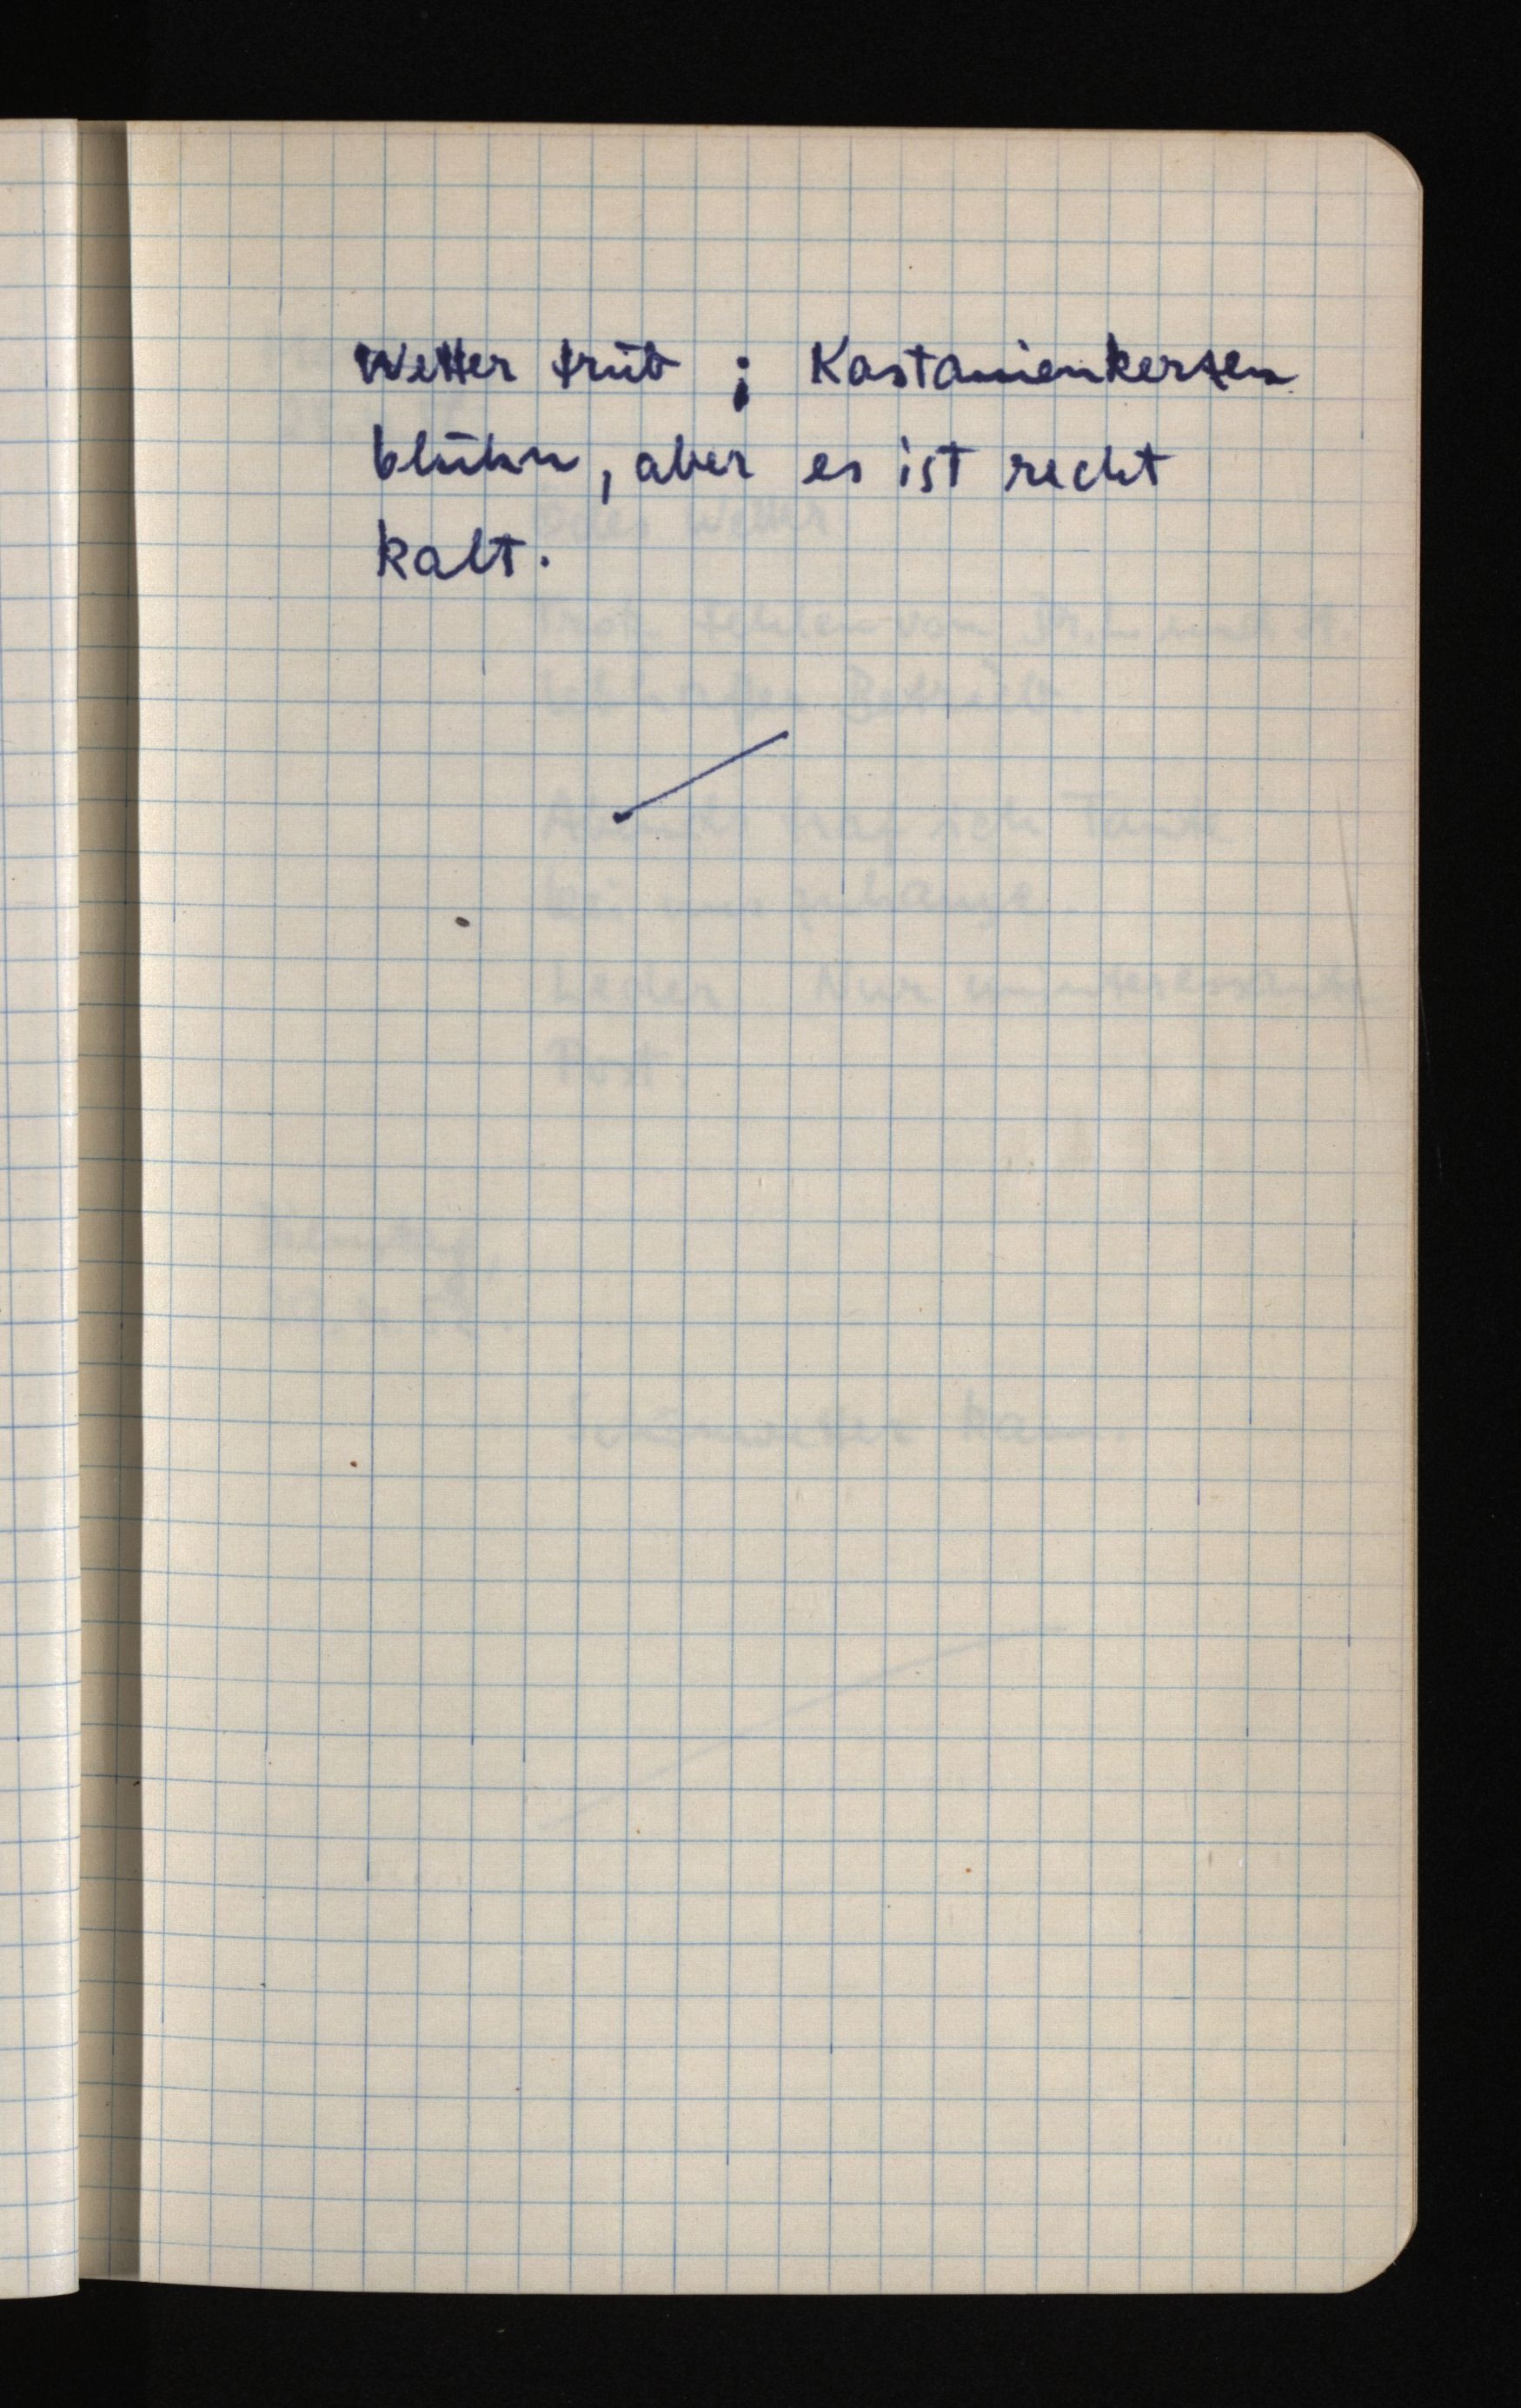
Wetter trüb; Kastanienkerzen
blühn, aber es ist recht
kalt.